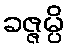
ခဇ္ဇမ္ပိ